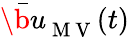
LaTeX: \bar{\b u}_{\mathrm{~M~V~}}(t)